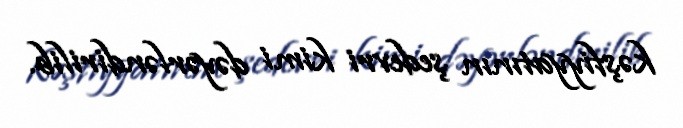
kəşfiyyatının şedevri kimi dəyərləndirilib.